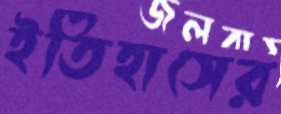
ইতিহাসের